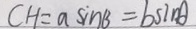
C H = a \sin B = b \sin A